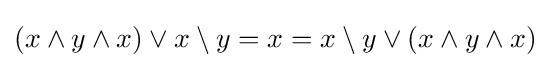
(x\wedge y\wedge x)\vee x\setminus y=x=x\setminus y\vee (x\wedge y\wedge x)